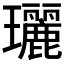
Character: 𤫟